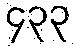
၄၃၃